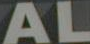
AL